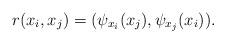
LaTeX: \begin{align*} r(x_i,x_j)=(\psi_{x_i}(x_j),\psi_{x_j}(x_i)). \end{align*}